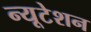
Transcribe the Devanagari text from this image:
न्यूटेशन